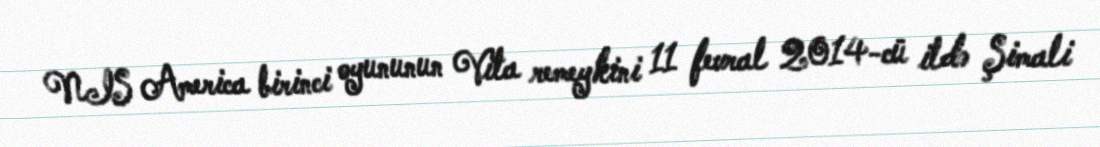
NIS America birinci oyununun Vita remeykini 11 fevral 2014-cü ildə Şimali